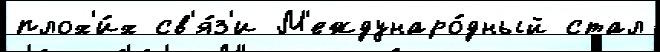
плох'и́х св'я́з'и М'еждунаро́дный стал